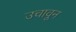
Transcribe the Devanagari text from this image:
उचावून